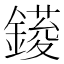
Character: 𨫳